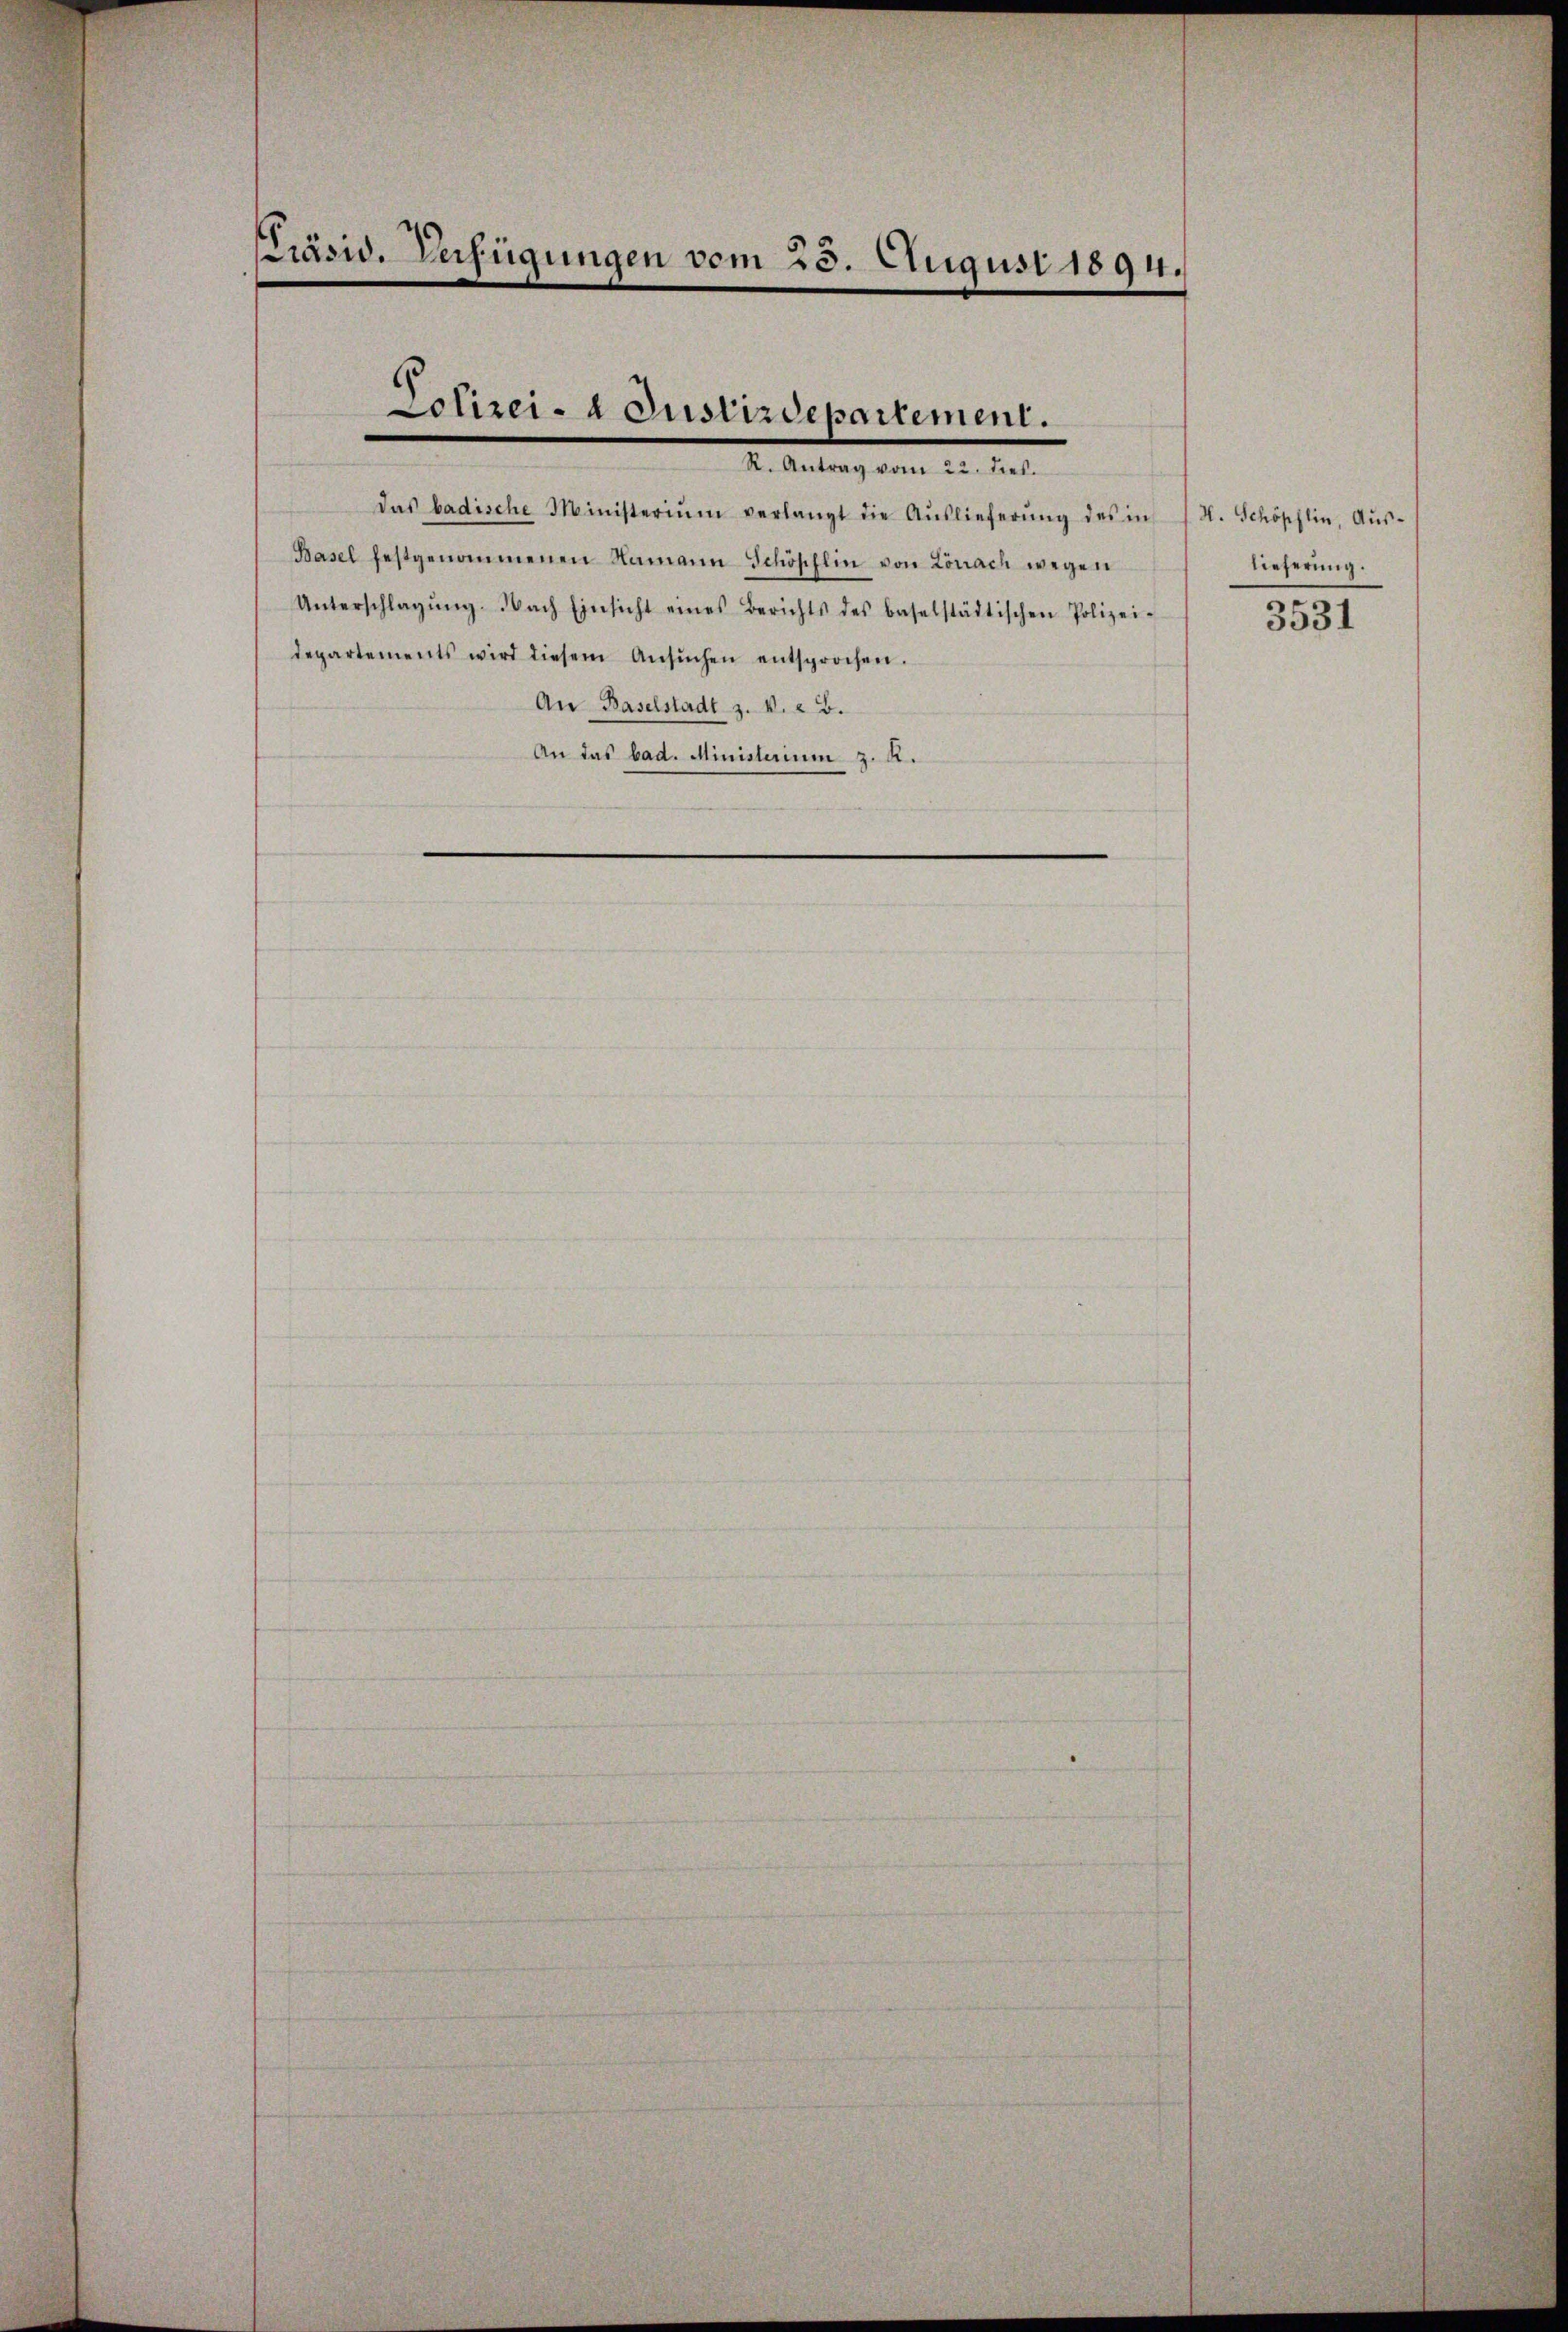
Präsid. Verfügungen vom 23. August 1894.

Polizei-a Justizdepartement.
I. Anlang einer in die

das badische Ministerium verlangt die Aŭslieferŭng des in (N. Schöpflin, Aŭs-
Basel festgenommenen Namann Schöpflin von Lonach wegen
Unterschlagŭng. Nach Einsicht eines Berichts des baselstädtischen Polizei-
departements wird diesem Ansŭchen entsprochen.
An Baselstadt z. v. 22.
An das bad. Ministerium z. R.

lieferung.
3531